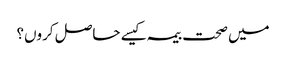
میں صحت بیمہ کیسے حاصل کروں؟